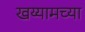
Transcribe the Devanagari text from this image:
खय्यामच्या